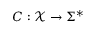
C : { \mathcal { X } } \rightarrow \Sigma ^ { * }